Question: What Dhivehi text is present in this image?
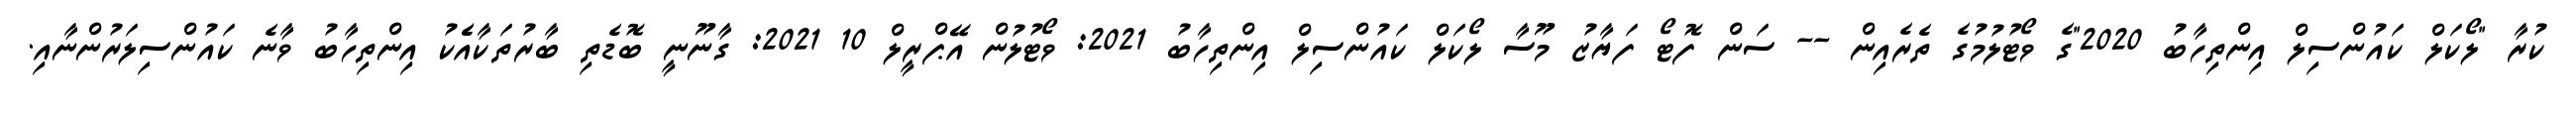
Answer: ކުރާ "ލޯކަލް ކައުންސިލް އިންތިހާބު 2020"ގެ ވޯޓުލުމުގެ ތެރެއިން -- ސަން ފޮޓޯ ފަޔާޒު މޫސާ ލޯކަލް ކައުންސިލް އިންތިހާބު 2021: ވޯޓުލުން އޭޕްރީލް 10 2021: ގާނޫނީ ބޮޑެތި ބާރުތަކާއެެކު އިންތިހާބު ވާނެ ކައުންސިލަރުންނާއި.